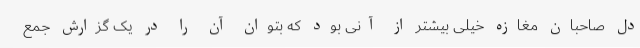
دل صاحبان مغازه خیلی بیشتر از آنی بود که بتوان آن را در یک گزارش جمع